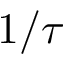
1 / \tau